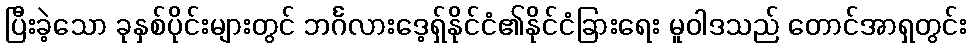
ပြီးခဲ့သော ခုနှစ်ပိုင်းများတွင် ဘင်္ဂလားဒေ့ရှ်နိုင်ငံ၏နိုင်ငံခြားရေး မူဝါဒသည် တောင်အာရှတွင်း